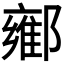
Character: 𬪘